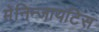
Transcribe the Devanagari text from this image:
मेनिन्जायटिस